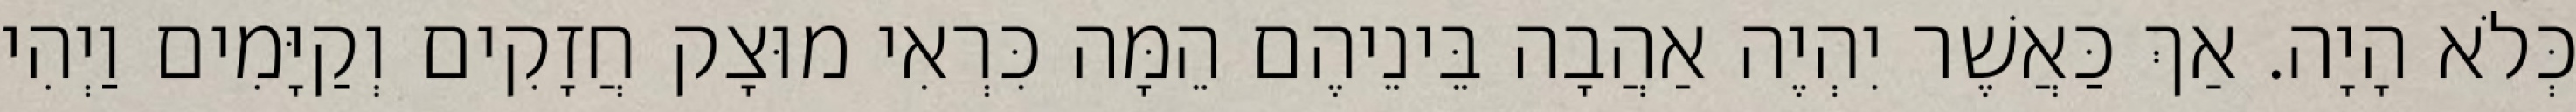
כְּלֹא הָיָה. אַךְ כַּאֲשֶׁר יִהְיֶה אַהֲבָה בֵּינֵיהֶם הֵמָּה כִּרְאִי מוּצָק חֲזָקִים וְקַיָּמִים וַיְהִי